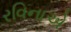
રવિનાએ